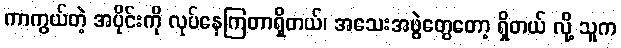
ကာကွယ်တဲ့ အပိုင်းကို လုပ်နေကြတာရှိတယ်၊ အသေးအဖွဲတွေတော့ ရှိတယ် လို့ သူက